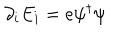
LaTeX: \partial _ { i } E _ { i } = e \psi ^ { \dagger } \psi